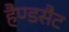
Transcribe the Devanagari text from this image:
हैण्डसैट